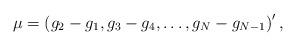
LaTeX: \begin{align*}\mu = \left(g_2 - g_1, g_3 - g_4, \ldots, g_N - g_{N-1}\right)',\end{align*}